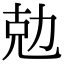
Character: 勊